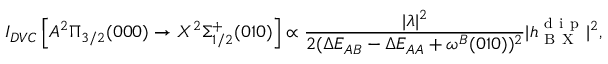
I _ { D V C } \left[ A ^ { 2 } \Pi _ { 3 / 2 } ( 0 0 0 ) \rightarrow X ^ { 2 } \Sigma _ { 1 / 2 } ^ { + } ( 0 1 0 ) \right] \propto \frac { | \lambda | ^ { 2 } } { 2 ( \Delta E _ { A B } - \Delta E _ { A A } + \omega ^ { B } ( 0 1 0 ) ) ^ { 2 } } | h _ { \mathrm { ~ B ~ X ~ } } ^ { \mathrm { ~ d ~ i ~ p ~ } } | ^ { 2 } ,